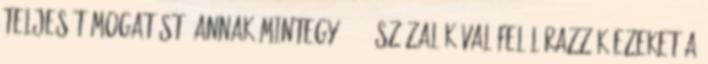
teljes támogatást, annak mintegy 30-35 százalékával felülárazzák ezeket a